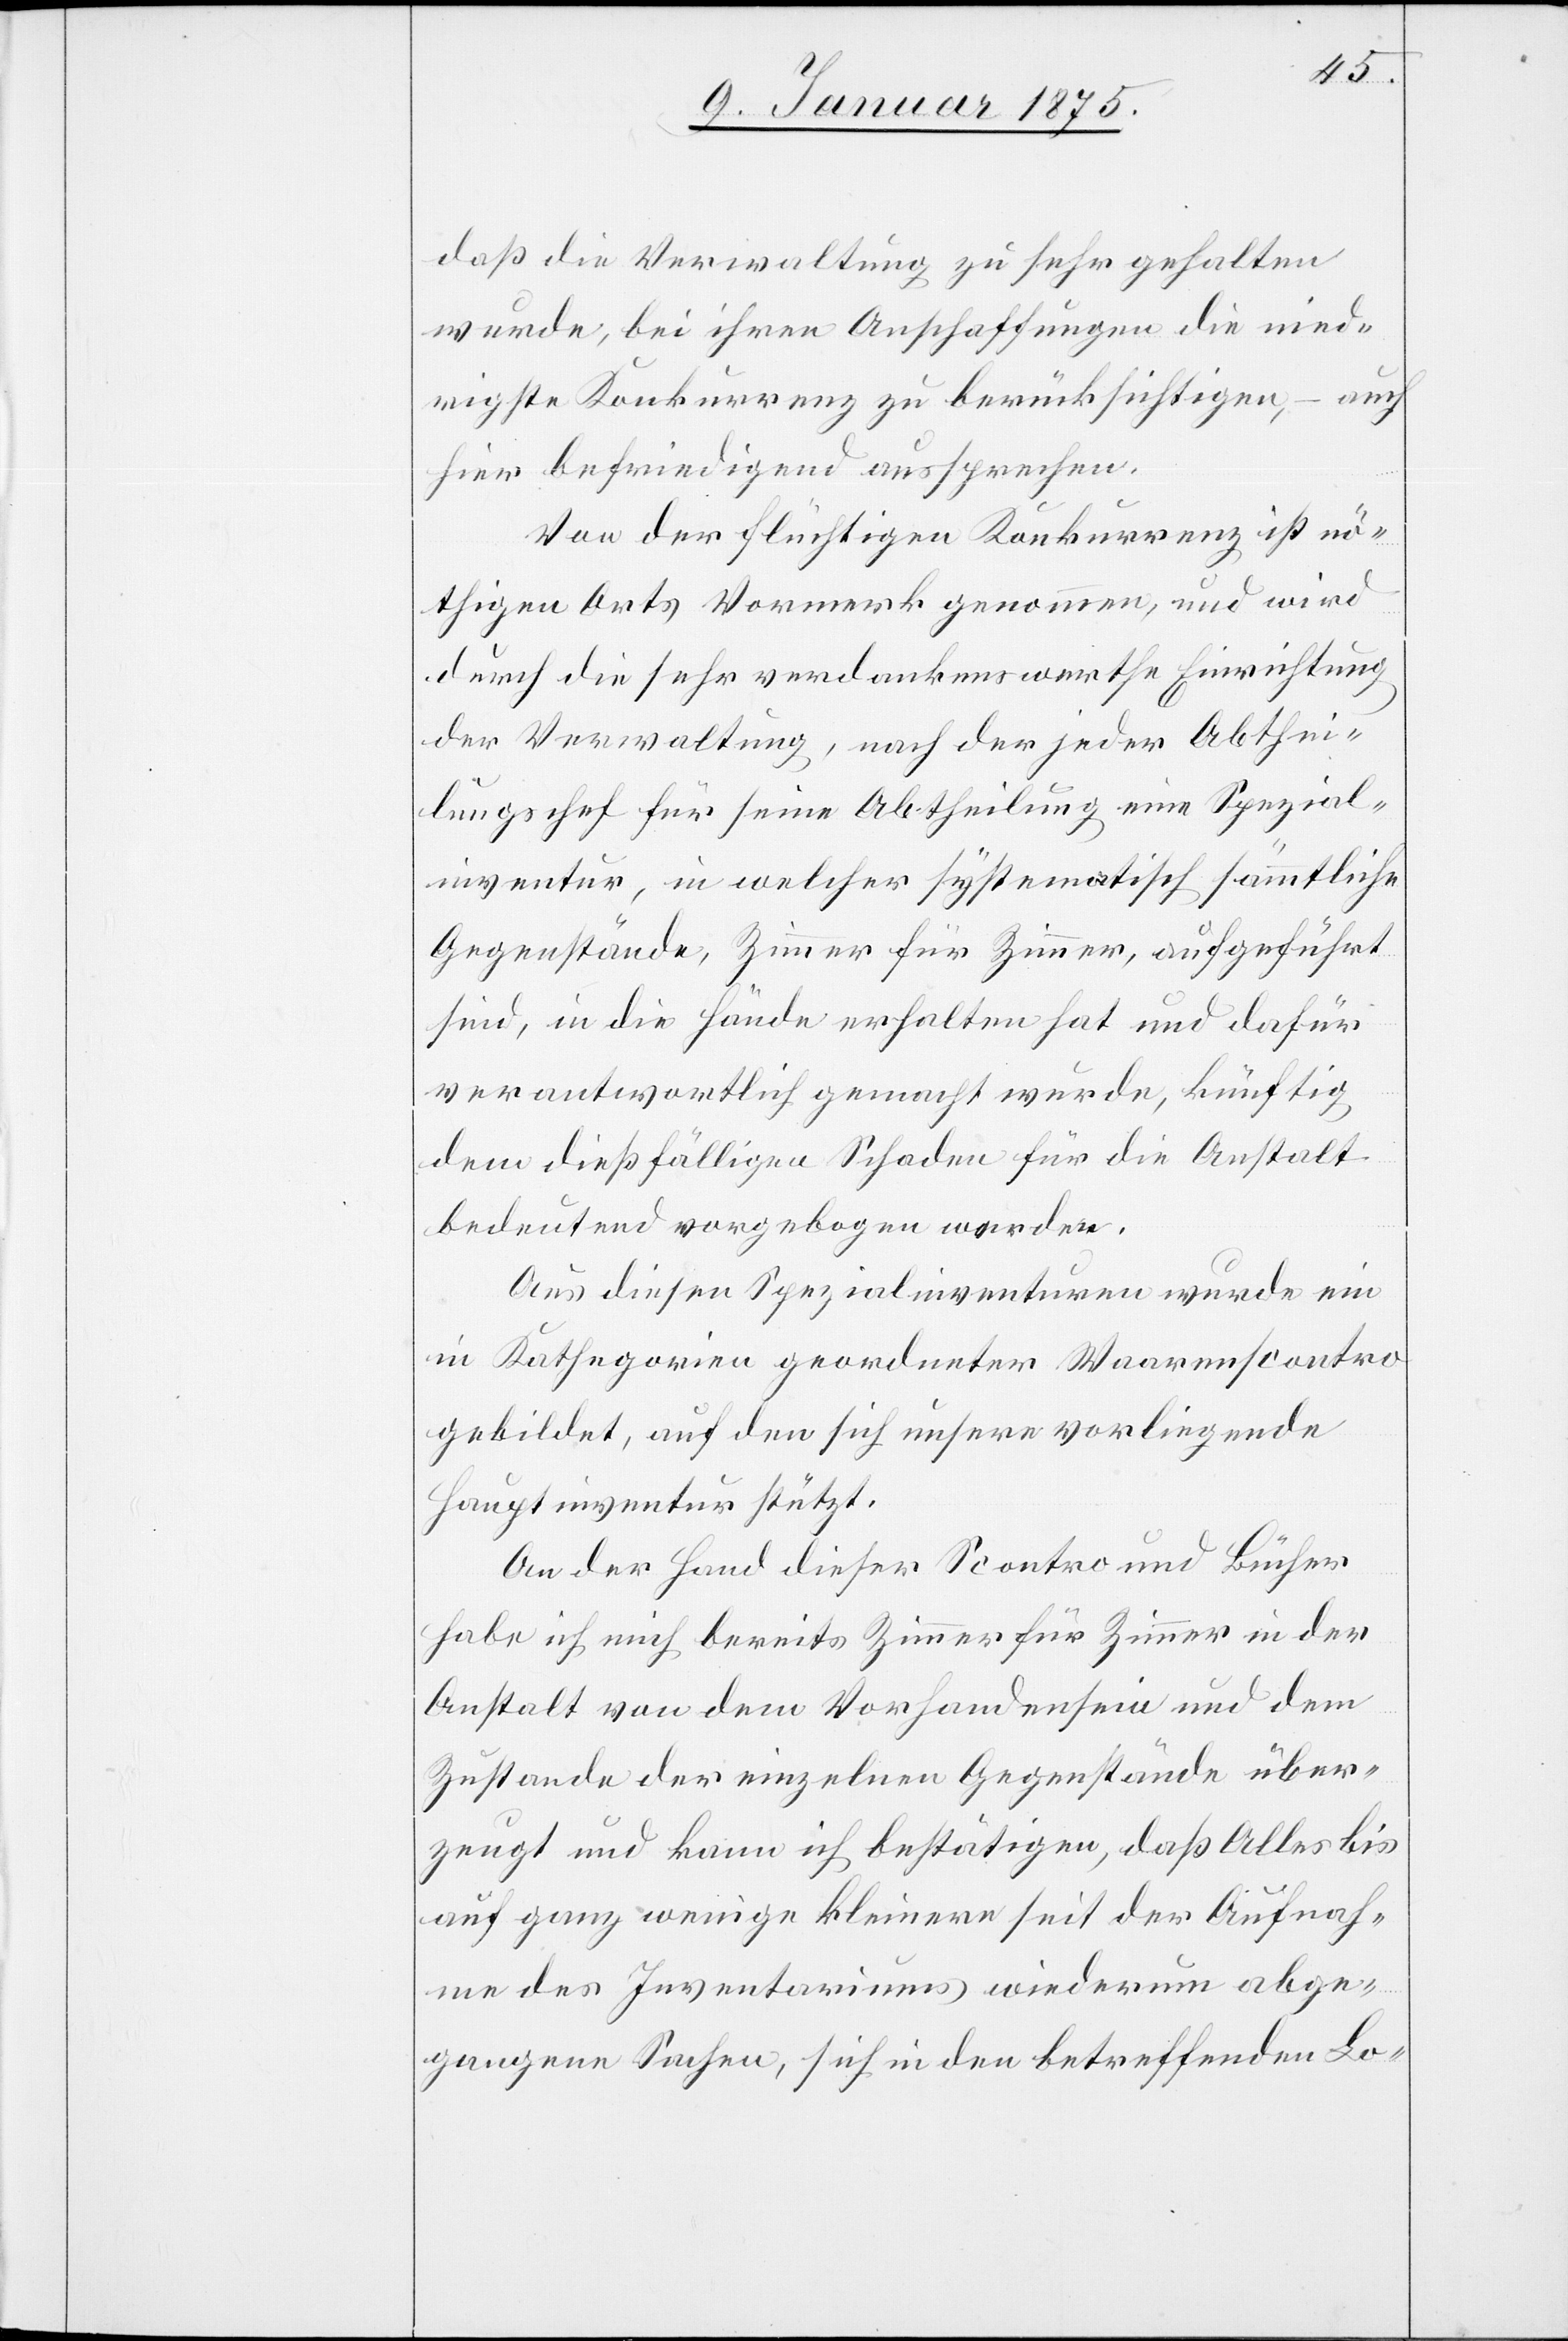
daß die Verwaltung zu sehr gehalten
wurde, bei ihren Anschaffungen die nied¬
rigste Konkurrenz zu berücksichtigen, – auch
hier befriedigend aussprechen.
Von der flüchtigen Konkurrenz ist nö¬
thigen Orts Vormerk genommen, und wird
durch die sehr verdankenswerthe Einrichtung
der Verwaltung, nach der jeder Abthei¬
lungschef für seine Abtheilung eine Spezial¬
inventur, in welcher systematisch sämmtliche
Gegenstände, Zimmer für Zimmer, aufgeführt
sind, in die Hände erhalten hat und dafür
verantwortlich gemacht wurde, künftig
dem dießfälligen Schaden für die Anstalt
bedeutend vorgebogen worden.
Aus diesen Spezialinventuren wurde ein
in Kathegorien geordneter Waarenscontro
gebildet, auf den sich unsere vorliegende
Hauptinventur stützt.
An der Hand dieser Scontro und Bücher
habe ich mich bereits Zimmer für Zimmer in der
Anstalt von dem Vorhandensein und dem
Zustande der einzelnen Gegenstände über¬
zeugt und kann ich bestätigen, daß Alles bis
auf ganz wenige kleinere seit der Aufnah¬
me des Inventariums wiederum abge¬
gangenen Sachen, sich in den betreffenden Lo-